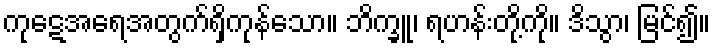
ကုဋေအရေအတွက်ရှိကုန်သော။ ဘိက္ခူ၊ ရဟန်းတို့ကို။ ဒိသွာ၊ မြင်၍။